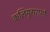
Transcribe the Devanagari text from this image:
कलियुगरासो